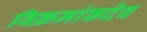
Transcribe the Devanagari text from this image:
विक्रमांकदेव